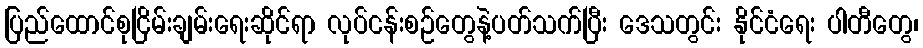
ပြည်ထောင်စုငြိမ်းချမ်းရေးဆိုင်ရာ လုပ်ငန်းစဉ်တွေနဲ့ပတ်သက်ပြီး ဒေသတွင်း နိုင်ငံရေး ပါတီတွေ၊